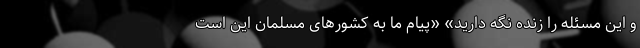
و این مسئله را زنده نگه دارید» «پیام ما به کشورهای مسلمان این است